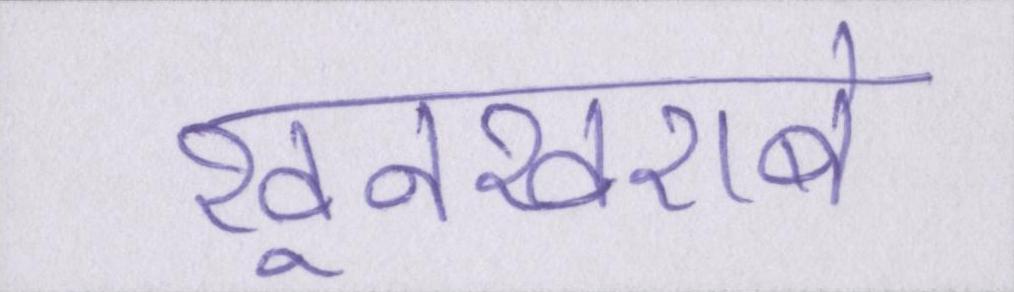
खूनखराबे